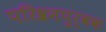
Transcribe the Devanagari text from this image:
परिश्रमपुर्वक